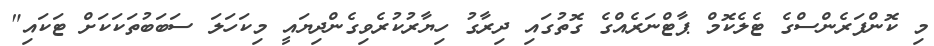
މި ކޮންފަރެންސްގެ ޓެލެކޮމް ޕާޓްނަރެއްގެ ގޮތުގައި ދިރާގު ހިޔާރުކުރެވިގެންދިޔައީ މިކަހަލަ ސަބަބުތަކަކަށް ޓަކައި"